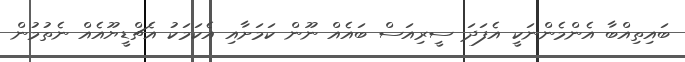
ބައިތިއްބާ އެންމެންނަކީ އެފަދަ ސީރިއަސް ބައެއް ނޫން ކަމަށާއި އެކަމަކު އެޗްޑީޔޫއެއް ނެތުމުން